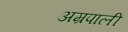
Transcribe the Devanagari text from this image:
अम्रपाली